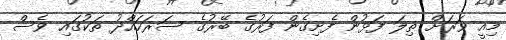
މިއީ ވަރަށް ތިލަ ފަޅުން ފެށިގެން ފަރުގެ ބޭރުގެ ސަރަހައްދު ތަކުގައި ވެސް